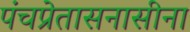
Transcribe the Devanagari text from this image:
पंचप्रेतासनासीना